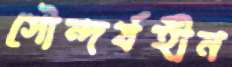
সৌন্দর্যহীন